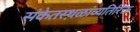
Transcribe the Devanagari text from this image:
संकेतस्थ़ळांव्यतिरिक्त